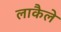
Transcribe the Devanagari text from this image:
लाकैले